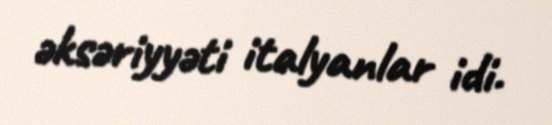
əksəriyyəti italyanlar idi.